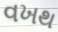
વખથ